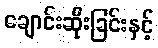
ချောင်းဆိုးခြင်းနှင့်